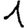
Digit: 1